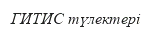
ГИТИС түлектері